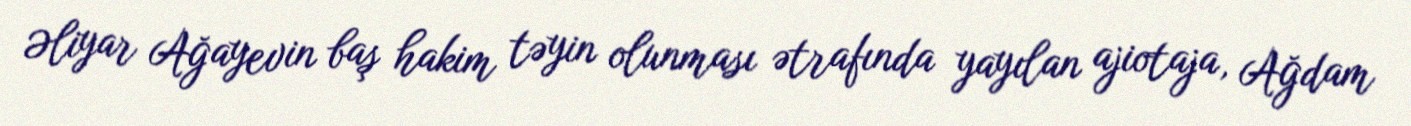
Əliyar Ağayevin baş hakim təyin olunması ətrafında yayılan ajiotaja, Ağdam